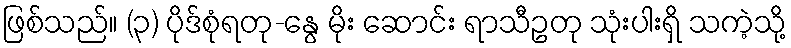
ဖြစ်သည်။ (၃) ပိုဒ်စုံရတု-နွေ မိုး ဆောင်း ရာသီဥတု သုံးပါးရှိ သကဲ့သို့